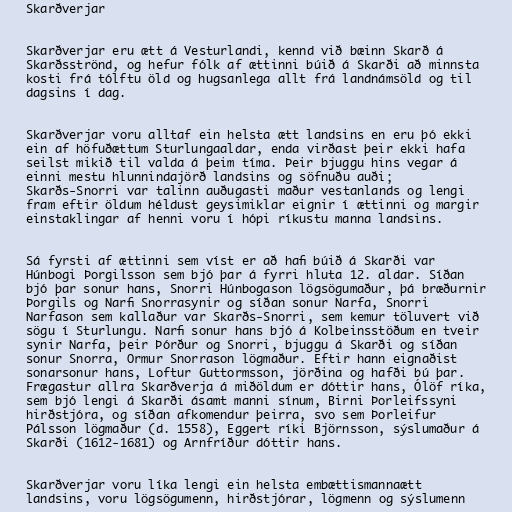
Skarðverjar

Skarðverjar eru ætt á Vesturlandi, kennd við bæinn Skarð á
Skarðsströnd, og hefur fólk af ættinni búið á Skarði að minnsta
kosti frá tólftu öld og hugsanlega allt frá landnámsöld og til
dagsins í dag.

Skarðverjar voru alltaf ein helsta ætt landsins en eru þó ekki
ein af höfuðættum Sturlungaaldar, enda virðast þeir ekki hafa
seilst mikið til valda á þeim tíma. Þeir bjuggu hins vegar á
einni mestu hlunnindajörð landsins og söfnuðu auði;
Skarðs-Snorri var talinn auðugasti maður vestanlands og lengi
fram eftir öldum héldust geysimiklar eignir í ættinni og margir
einstaklingar af henni voru í hópi ríkustu manna landsins.

Sá fyrsti af ættinni sem víst er að hafi búið á Skarði var
Húnbogi Þorgilsson sem bjó þar á fyrri hluta 12. aldar. Síðan
bjó þar sonur hans, Snorri Húnbogason lögsögumaður, þá bræðurnir
Þorgils og Narfi Snorrasynir og síðan sonur Narfa, Snorri
Narfason sem kallaður var Skarðs-Snorri, sem kemur töluvert við
sögu í Sturlungu. Narfi sonur hans bjó á Kolbeinsstöðum en tveir
synir Narfa, þeir Þórður og Snorri, bjuggu á Skarði og síðan
sonur Snorra, Ormur Snorrason lögmaður. Eftir hann eignaðist
sonarsonur hans, Loftur Guttormsson, jörðina og hafði bú þar.
Frægastur allra Skarðverja á miðöldum er dóttir hans, Ólöf ríka,
sem bjó lengi á Skarði ásamt manni sínum, Birni Þorleifssyni
hirðstjóra, og síðan afkomendur þeirra, svo sem Þorleifur
Pálsson lögmaður (d. 1558), Eggert ríki Björnsson, sýslumaður á
Skarði (1612-1681) og Arnfríður dóttir hans.

Skarðverjar voru líka lengi ein helsta embættismannaætt
landsins, voru lögsögumenn, hirðstjórar, lögmenn og sýslumenn